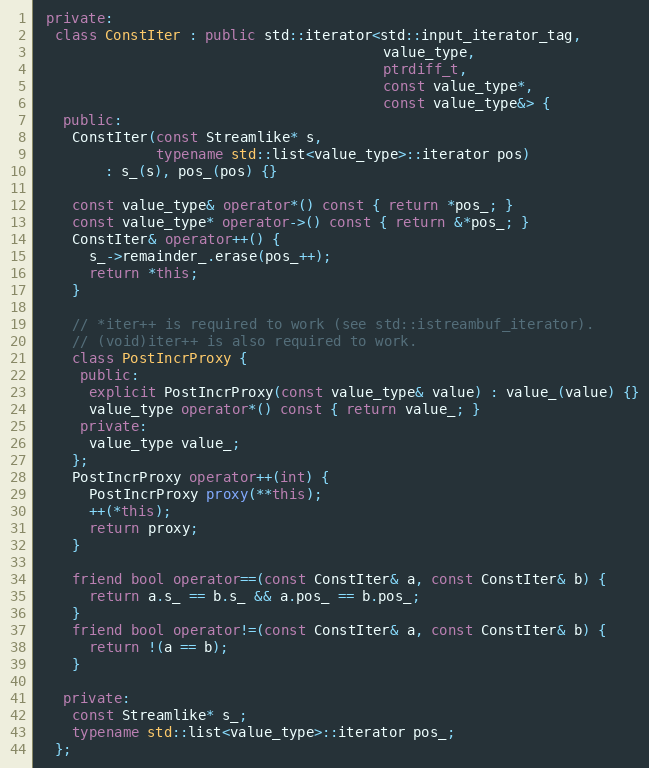
Language: C++
 private:
  class ConstIter : public std::iterator<std::input_iterator_tag,
                                         value_type,
                                         ptrdiff_t,
                                         const value_type*,
                                         const value_type&> {
   public:
    ConstIter(const Streamlike* s,
              typename std::list<value_type>::iterator pos)
        : s_(s), pos_(pos) {}

    const value_type& operator*() const { return *pos_; }
    const value_type* operator->() const { return &*pos_; }
    ConstIter& operator++() {
      s_->remainder_.erase(pos_++);
      return *this;
    }

    // *iter++ is required to work (see std::istreambuf_iterator).
    // (void)iter++ is also required to work.
    class PostIncrProxy {
     public:
      explicit PostIncrProxy(const value_type& value) : value_(value) {}
      value_type operator*() const { return value_; }
     private:
      value_type value_;
    };
    PostIncrProxy operator++(int) {
      PostIncrProxy proxy(**this);
      ++(*this);
      return proxy;
    }

    friend bool operator==(const ConstIter& a, const ConstIter& b) {
      return a.s_ == b.s_ && a.pos_ == b.pos_;
    }
    friend bool operator!=(const ConstIter& a, const ConstIter& b) {
      return !(a == b);
    }

   private:
    const Streamlike* s_;
    typename std::list<value_type>::iterator pos_;
  };